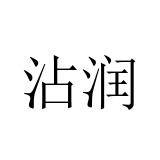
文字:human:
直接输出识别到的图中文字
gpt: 沾润